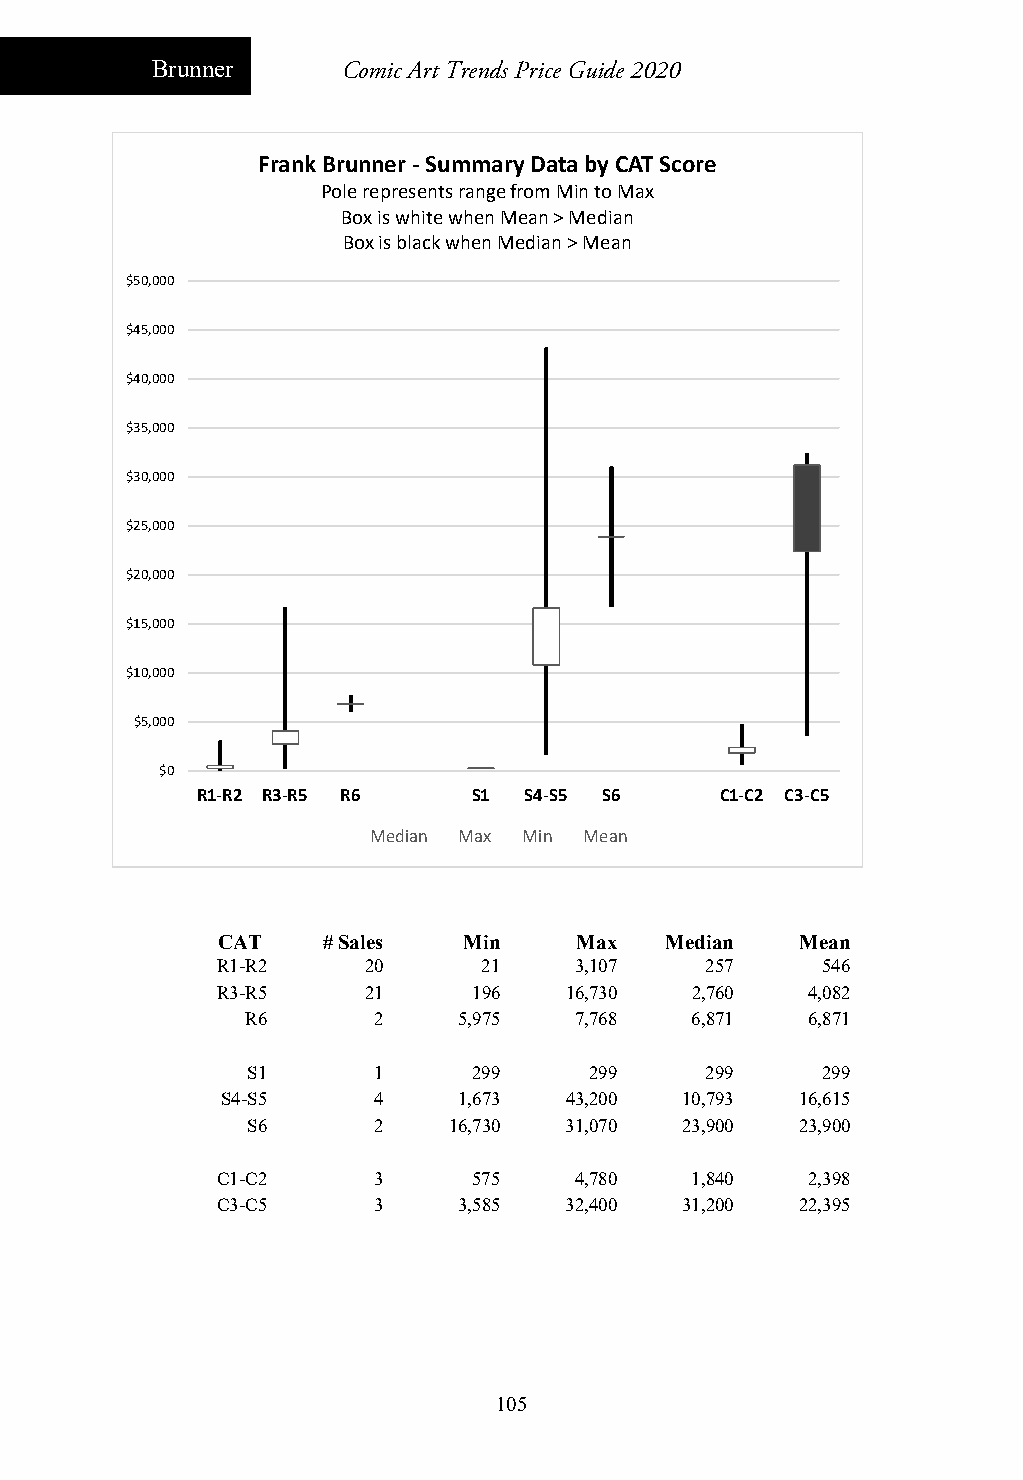
Brunner      Comic Art Trends Price Guide 2020
 Frank Brunner ‐Summary Data by CAT Score
 Pole represents range from Min to Max
 Box is white when Mean > Median
 Box is black when Median > Mean
 $50,000
 $45,000
 $40,000
 $35,000
 $30,000
 $25,000
 $20,000
 $15,000
 $10,000
 $5,000
 $0
 R1‐R2 R3‐R5 R6    S1  S4‐S5 S6     C1‐C2 C3‐C5
 Median Max Min Mean
 CAT    # Sales   Min    Max   Median   Mean
 R1-R2     20      21    3,107    257    546
 R3-R5     21     196   16,730   2,760  4,082
 R6       2    5,975   7,768   6,871  6,871
 S1       1     299     299     299    299
 S4-S5     4    1,673  43,200  10,793  16,615
 S6       2    16,730 31,070  23,900  23,900
 C1-C2      3     575    4,780   1,840  2,398
 C3-C5      3    3,585  32,400  31,200  22,395
 105